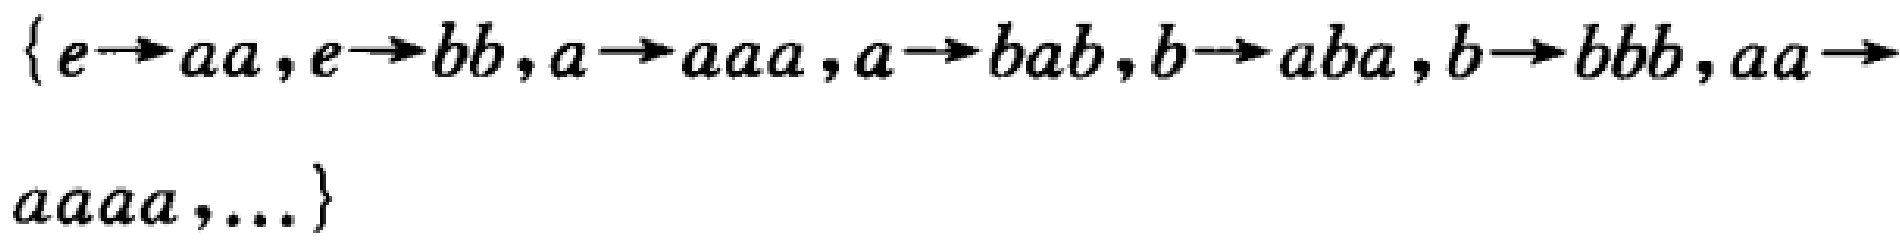
\(\{e\rightarrow aa,e\rightarrow bb,a\rightarrow aaa,a\rightarrow bab,b\rightarrow aba,b\rightarrow bbb,aa\rightarrow aaaa,\ldots\}\)